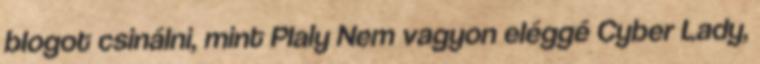
blogot csinálni, mint Plaly Nem vagyon eléggé Cyber Lady,